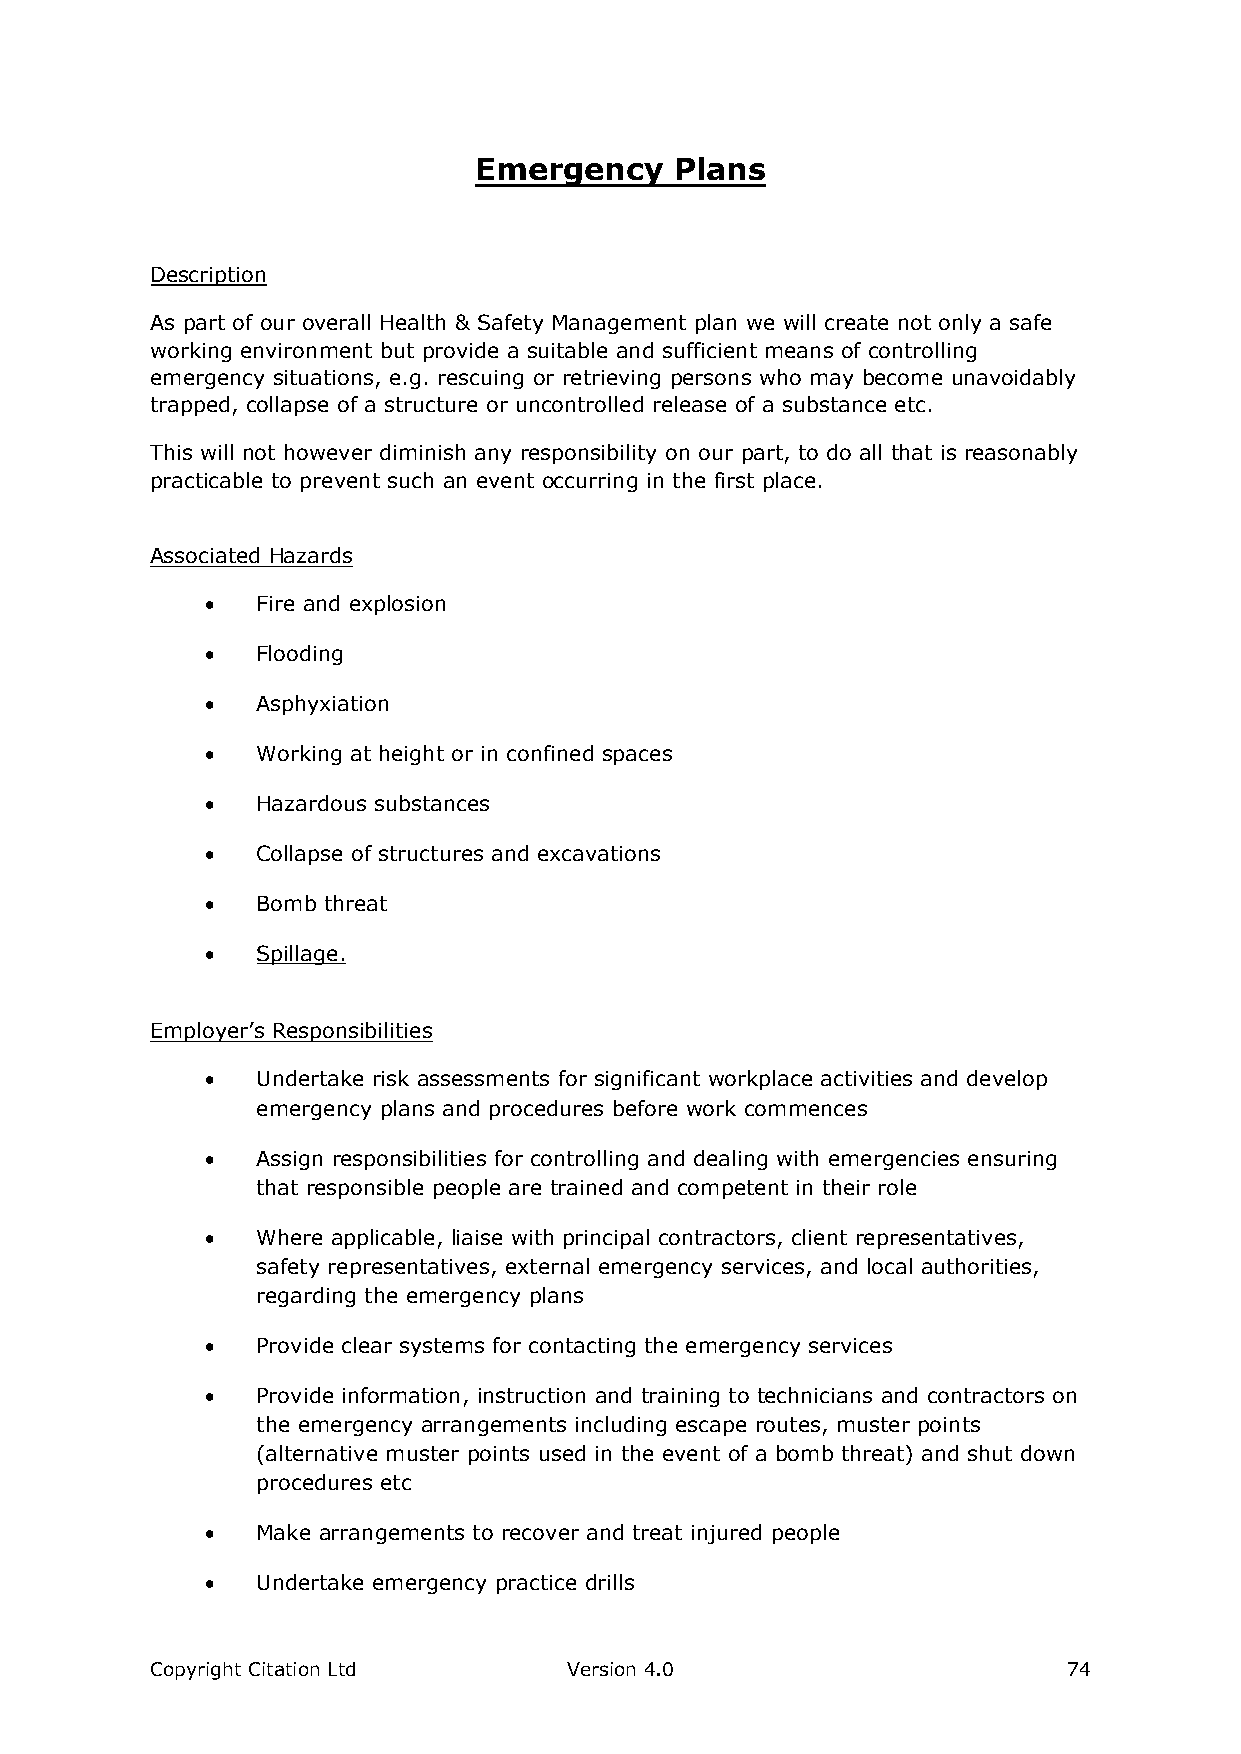
Emergency     Plans
 Description
 As part of our overall Health & Safety Management plan we will create not only a safe
 working environment but provide a suitable and sufficient means of controlling
 emergency situations, e.g. rescuing or retrieving persons who may become unavoidably
 trapped, collapse of a structure or uncontrolled release of a substance etc.
 This will not however diminish any responsibility on our part, to do all that is reasonably
 practicable to prevent such an event occurring in the first place.
 Associated Hazards
   Fire and explosion
   Flooding
   Asphyxiation
   Working at height or in confined spaces
   Hazardous substances
   Collapse of structures and excavations
   Bomb threat
   Spillage.
 Employer’s Responsibilities
   Undertake risk assessments for significant workplace activities and develop
 emergency plans and procedures before work commences
   Assign responsibilities for controlling and dealing with emergencies ensuring
 that responsible people are trained and competent in their role
   Where applicable, liaise with principal contractors, client representatives,
 safety representatives, external emergency services, and local authorities,
 regarding the emergency plans
   Provide clear systems for contacting the emergency services
   Provide information, instruction and training to technicians and contractors on
 the emergency arrangements including escape routes, muster points
 (alternative muster points used in the event of a bomb threat) and shut down
 procedures etc
   Make arrangements to recover and treat injured people
   Undertake emergency practice drills
 Copyright Citation Ltd      Version 4.0                      74